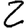
Digit: 2